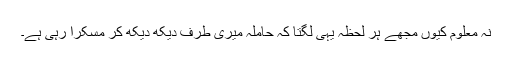
نہ معلوم کیوں مجھے ہر لحظہ یہی لگتا کہ حاملہ میری طرف دیکھ دیکھ کر مسکرا رہی ہے۔